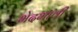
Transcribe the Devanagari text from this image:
भेदभावी